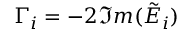
\Gamma _ { i } = - 2 \Im m ( \tilde { E } _ { i } )